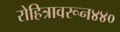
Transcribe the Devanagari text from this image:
रोहित्रावरून४४०